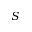
S